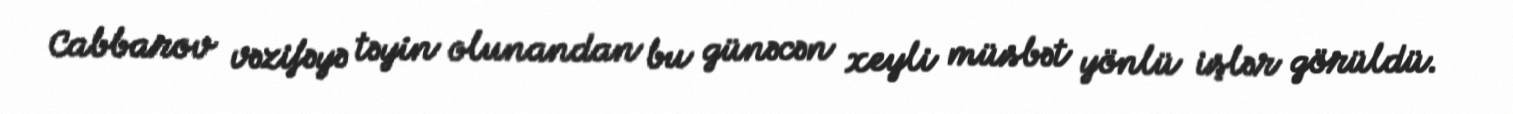
Cabbarov vəzifəyə təyin olunandan bu günəcən xeyli müsbət yönlü işlər görüldü.